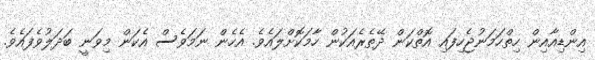
އިންޑިއާއިން ހިތްހަމަނުޖެހިފައި އޮތްކަން ދޭތެރެއަކުން ހާމަކޮށްލައެވެ. އެހެން ނަމަވެސް އެކަން މިވަނީ ބަދަލުވެފައެވެ.